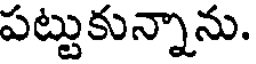
పట్టుకున్నాను.